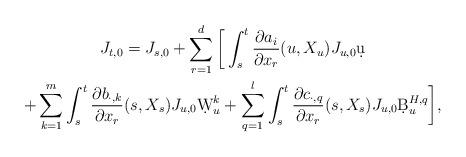
LaTeX: \begin{gather*}J_{t,0}=J_{s,0}+\sum_{r=1}^d\bigg[\int_s^t \frac{\partial a_i}{\partial x_r}(u,X_u) J_{u,0}\d u \\ +\sum_{k=1}^m \int_s^t \frac{\partial b_{\cdot,k}}{\partial x_r}(s,X_s)J_{u,0}\d W^{k}_u+ \sum_{q=1}^l \int_s^t \frac{\partial c_{\cdot,q}}{\partial x_r}(s,X_s)J_{u,0} \d B^{H,q}_u\bigg],\end{gather*}